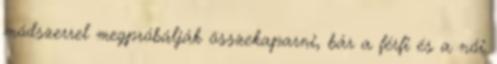
módszerrel megpróbálják összekaparni, bár a férfi és a női